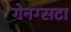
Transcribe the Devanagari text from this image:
गेनग्सटा